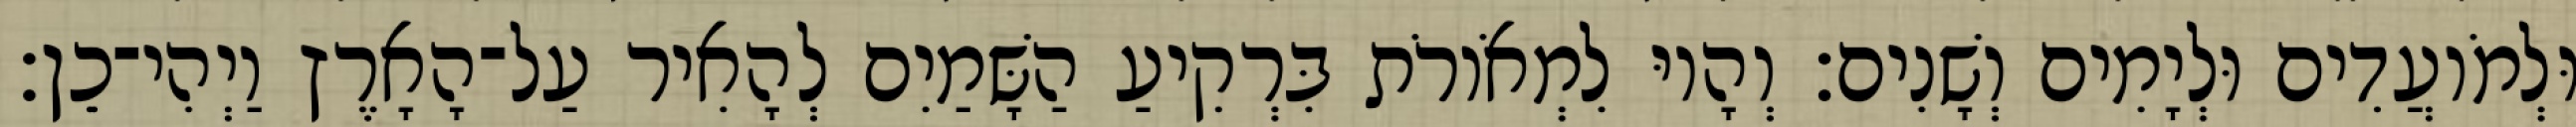
וּלְמֹועֲדִים וּלְיָמִים וְשָׁנִים׃ וְהָיוּ לִמְאֹורֹת בִּרְקִיעַ הַשָּׁמַיִם לְהָאִיר עַל־הָאָרֶץ וַיְהִי־כֵן׃